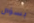
بسؤال